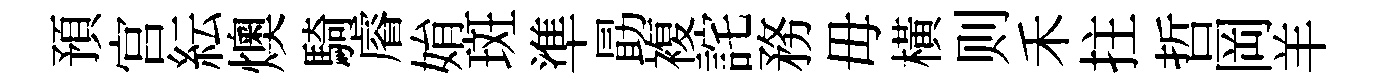
預宫紜燠騎𥈠姢斑準勗複詫務毋橫则禾拄哲岡羊